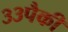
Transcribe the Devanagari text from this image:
३३पैकी